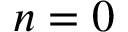
n = 0